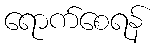
ရောက်စေရန်